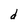
Character: d